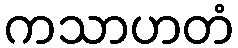
ကသာဟတံ